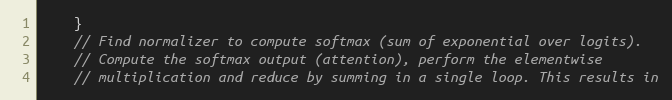
Language: C++
    }
    // Find normalizer to compute softmax (sum of exponential over logits).
    // Compute the softmax output (attention), perform the elementwise
    // multiplication and reduce by summing in a single loop. This results in